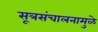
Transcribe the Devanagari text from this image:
सूत्रसंचालनामुळे